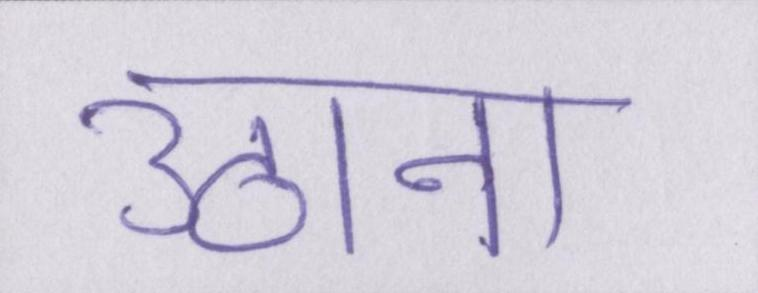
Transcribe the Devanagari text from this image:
उठाना